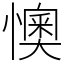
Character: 懊